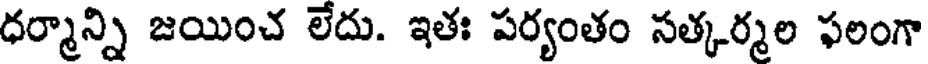
ధర్మాన్ని జయించ లేదు. ఇతః పర్యంతం సత్కర్మల ఫలంగా